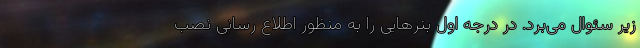
زیر سئوال می‌برد. در درجه اول بنرهایی را به منظور اطلاع رسانی نصب